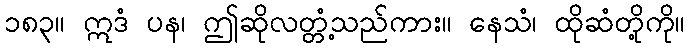
၁၈၃။ ဣဒံ ပန၊ ဤဆိုလတ္တံ့သည်ကား။ နေသံ၊ ထိုဆံတို့ကို။